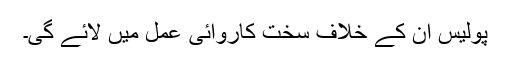
پولیس ان کے خلاف سخت کاروائی عمل میں لائے گی۔